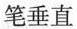
笔垂直